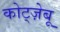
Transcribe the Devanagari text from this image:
कोट्ज़ेबू